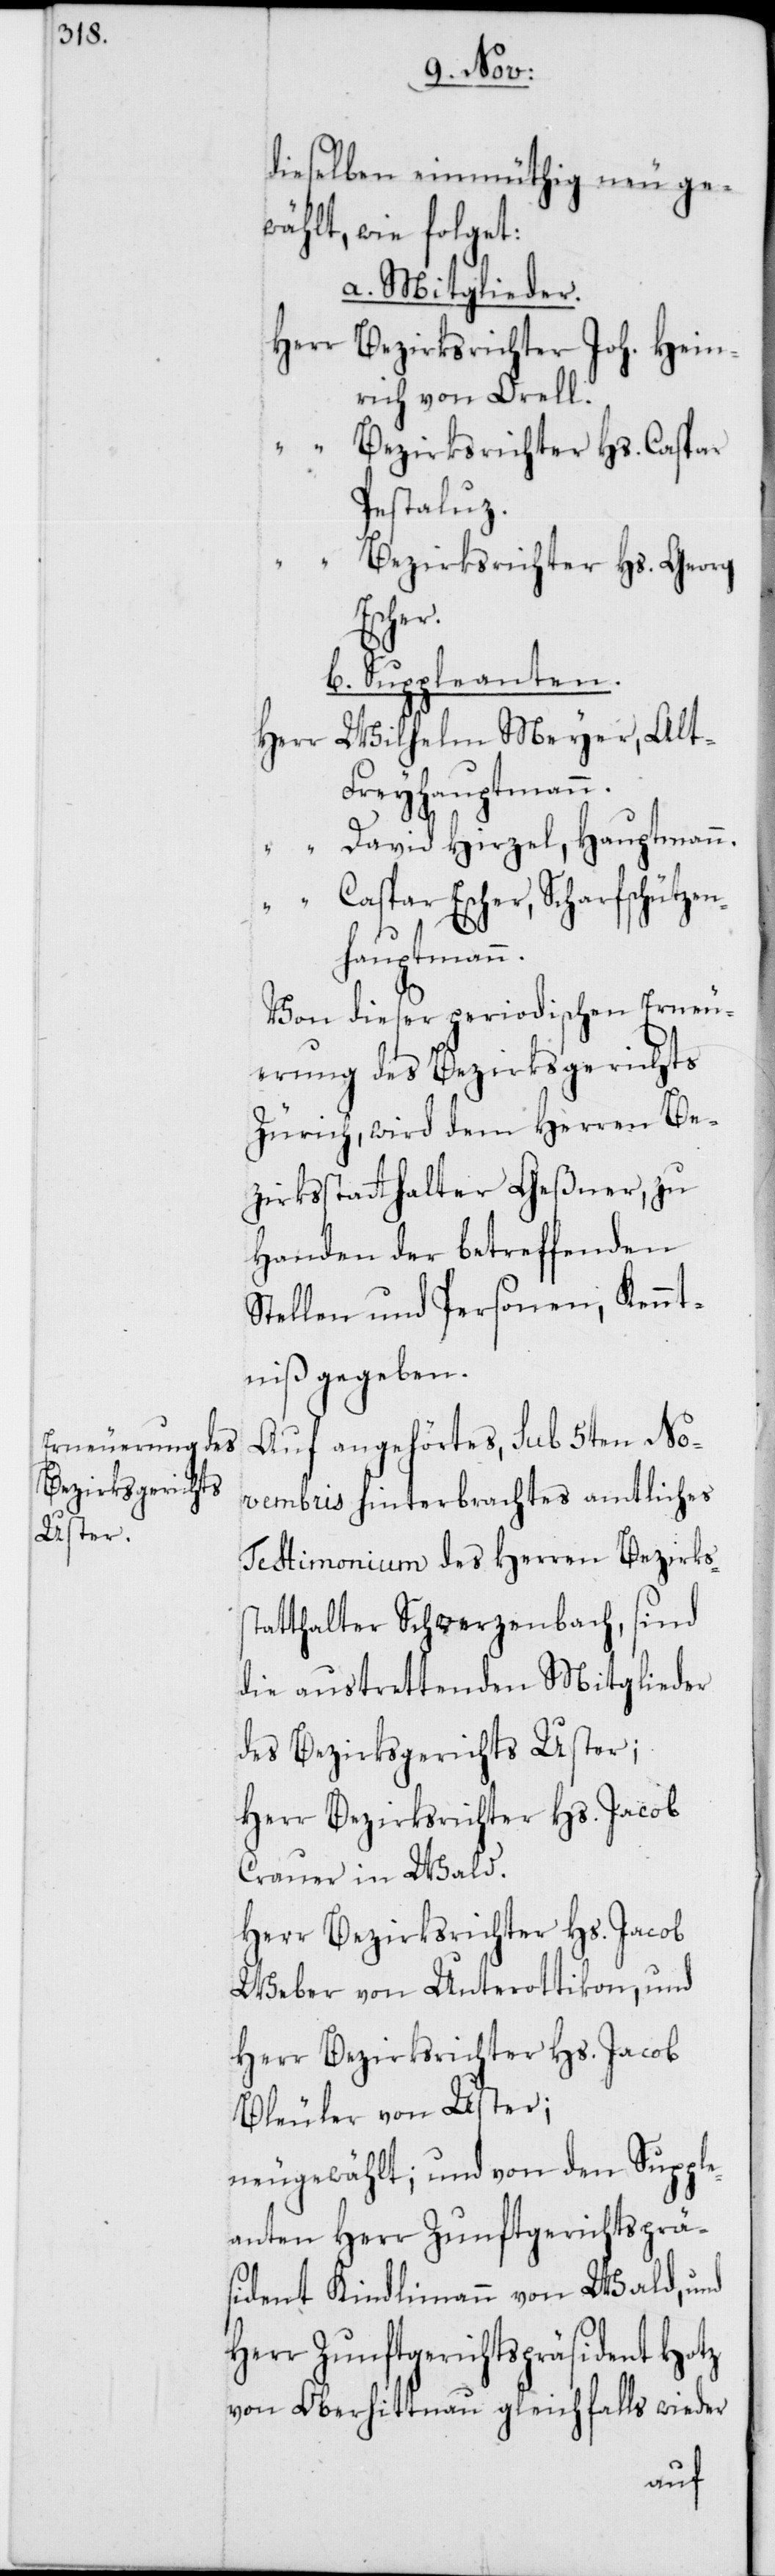
dieselben einmüthig neu ge¬
wählt, wie folget:
a. Mitglieder.
Herr Bezirksrichter Joh. Hein¬
rich von Orell.
“ Bezirksrichter Hs. Caspar
Pestaluz.
Bezirksrichter Hs. Georg
Escher.
b. Suppleanten.
Wilhelm Meyer, Alt-F¬
Herr
reyhauptmann.
“ David Hirzel, Hauptmann.
“ Caspar Escher, Scharfschützen¬
hauptmann.
Von dieser periodischen Erneu¬
erung des Bezirksgerichts
Zürich, wird dem Herren Be¬
zirksstatthalter Geßner, zu
Handen der betreffenden
Stellen und Personen, Kennt¬
niß gegeben.
Auf angehörtes, sub 5ten No¬
vembris hinterbrachtes amtliches
Testimonium des Herren Bezirkss¬
tatthalter Schwerzenbach, sind
die austrettenden Mitglieder
des Bezirksgerichts Uster;
Herr Bezirksrichter Hs. Jacob
Crauer in Wald.
Herr Bezirksrichter Hs. Jacob
Weber von Unterottikon, und
Herr Bezirksrichter Hs. Jacob
Bleuler von Uster;
neugewählt; und von den Supple¬
anten Herr Zunftgerichtsprä¬
sident Kindlimann von Wald, und
Herr Zunftgerichtspräsident Hotz
von Oberhittnau gleichfalls wieder